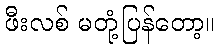
ဖီးလစ် မတုံ့ပြန်တော့။